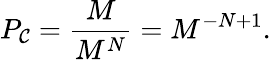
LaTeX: P_{\mathcal{C}}=\frac{{M}}{{M^{N}}}=M^{-N+1}.